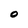
Character: O